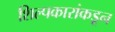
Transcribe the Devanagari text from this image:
शिल्पकारांकडून